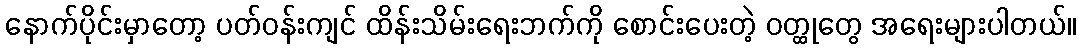
နောက်ပိုင်းမှာတော့ ပတ်ဝန်းကျင် ထိန်းသိမ်းရေးဘက်ကို စောင်းပေးတဲ့ ဝတ္ထုတွေ အရေးများပါတယ်။